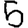
Digit: 5